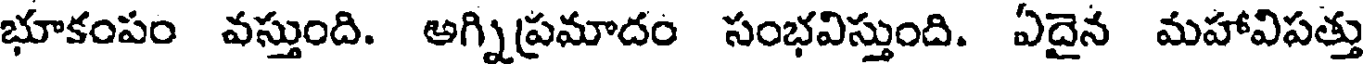
భూకంపం వస్తుంది. అగ్నిప్రమాదం సంభవిస్తుంది. ఏదైన మహావిపత్తు